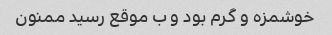
خوشمزه و گرم بود و ب موقع رسید ممنون